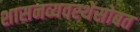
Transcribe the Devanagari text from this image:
शासनव्यवस्थेसोबत